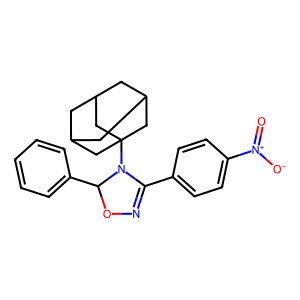
SMILES: O=[N+]([O-])c1ccc(C2=NOC(c3ccccc3)N2C23CC4CC(CC(C4)C2)C3)cc1
Inhibits HIV replication: No